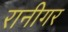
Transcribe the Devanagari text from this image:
रानीगर